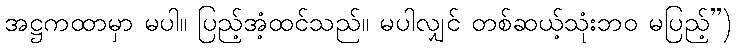
အဋ္ဌကထာမှာ မပါ။ ပြည့်အံ့ထင်သည်။ မပါလျှင် တစ်ဆယ့်သုံးဘဝ မပြည့်”)